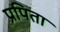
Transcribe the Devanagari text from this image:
प्रपिता